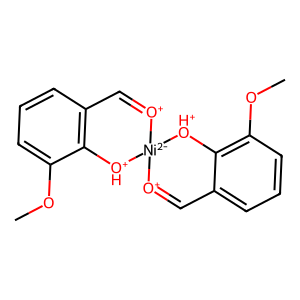
SMILES: COc1cccc2c1[OH+][Ni-2]1([O+]=C2)[O+]=Cc2cccc(OC)c2[OH+]1
Inhibits HIV replication: No